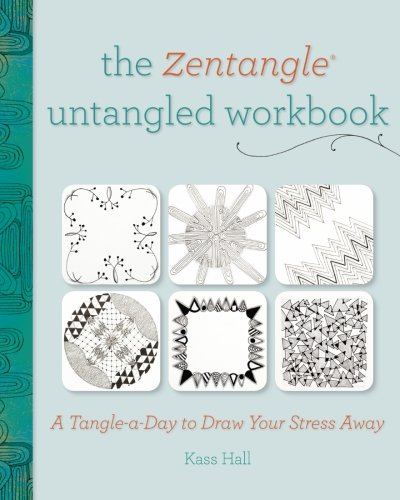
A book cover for The Zentangle Untangled Workbook: A Tangle-a-Day to Draw Your Stress Away; Kass Hall; Crafts, Hobbies & Home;